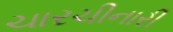
ચારચીનારી